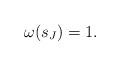
LaTeX: \begin{align*}\omega(s_J)=1.\end{align*}